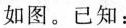
如图。已知：